Civil Veterinary Dept. Assam report 1927-50 - 1927-1950
Year: 1927
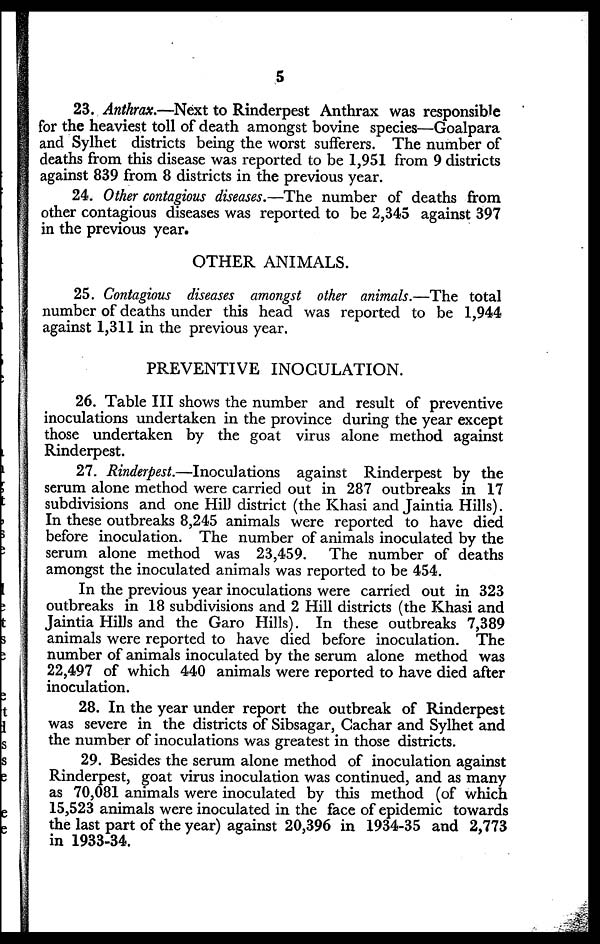
5
23. Anthrax.—Next to Rinderpest Anthrax was responsible
for the heaviest toll of death amongst bovine species—Goalpara
and Sylhet districts being the worst sufferers. The number of
deaths from this disease was reported to be 1,951 from 9 districts
against 839 from 8 districts in the previous year.
24. Other contagious diseases.—The number of deaths from
other contagious diseases was reported to be 2,345 against 397
in the previous year.
OTHER ANIMALS.
25. Contagious diseases amongst other animals.—The total
number of deaths under this head was reported to be 1,944
against 1,311 in the previous year.
PREVENTIVE INOCULATION.
26. Table III shows the number and result of preventive
inoculations undertaken in the province during the year except
those undertaken by the goat virus alone method against
Rinderpest.
27. Rinderpest.—Inoculations
against Rinderpest by the
serum alone method were carried out in 287 outbreaks in 17
subdivisions and one Hill district (the Khasi and Jaintia Hills).
In these outbreaks 8,245 animals were reported to have died
before inoculation. The number of animals inoculated by the
serum alone method was 23,459. The number of deaths
amongst the inoculated animals was reported to be 454.
In the previous year inoculations were carried out in 323
outbreaks in 18 subdivisions and 2 Hill districts (the Khasi and
Jaintia Hills and the Garo Hills). In these outbreaks 7,389
animals were reported to have died before inoculation. The
number of animals inoculated by the serum alone method was
22,497 of which 440 animals were reported to have died after
inoculation.
28. In the year under report the outbreak of Rinderpest
was severe in the districts of Sibsagar, Cachar and Sylhet and
the number of inoculations was greatest in those districts.
29. Besides the serum alone method of inoculation against
Rinderpest, goat virus inoculation was continued, and as many
as 70,081 animals were inoculated by this method (of which
15,523 animals were inoculated in the face of epidemic towards
the last part of the year) against 20,396 in 1934-35 and 2,773
in 1933-34.